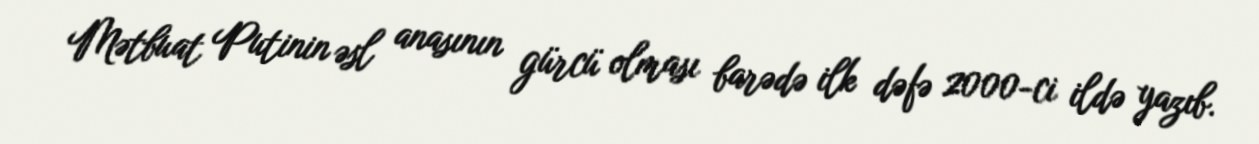
Mətbuat Putinin əsl anasının gürcü olması barədə ilk dəfə 2000-ci ildə yazıb.